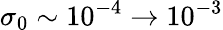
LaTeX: \sigma_{0}\sim 10^{-4}\rightarrow 10^{-3}